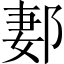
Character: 郪